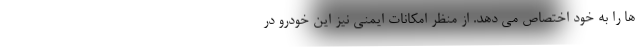
ها را به خود اختصاص می دهد. از منظر امکانات ایمنی نیز این خودرو در